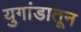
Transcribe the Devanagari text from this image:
युगांडातून